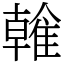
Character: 雗